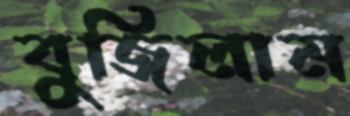
বুজিলাম